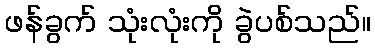
ဖန်ခွက် သုံးလုံးကို ခွဲပစ်သည်။